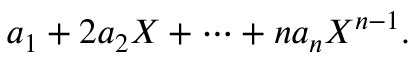
a _ { 1 } + 2 a _ { 2 } X + \cdots + n a _ { n } X ^ { n - 1 } .